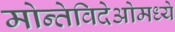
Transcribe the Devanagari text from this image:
मोन्तेविदेओमध्ये